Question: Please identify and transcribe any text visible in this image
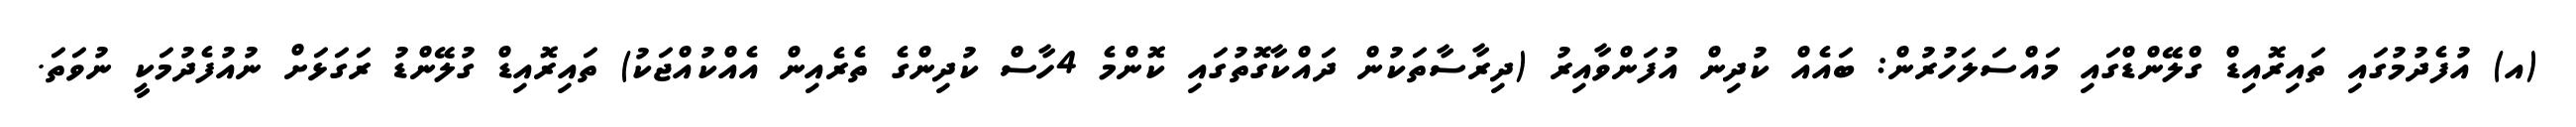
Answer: (އ) އުފެދުމުގައި ތައިރޮއިޑް ގްލޭންޑްގައި މައްސަލަހުރުން: ބައެއް ކުދިން އުފަންވާއިރު (ދިރާސާތަކުން ދައްކާގޮތުގައި ކޮންމެ 4ހާސް ކުދިންގެ ތެރެއިން އެއްކުއްޖަކު) ތައިރޮއިޑް ގުލޭންޑު ރަގަޅަށް ނުއުފެދުމަކީ ނުވަތަ.